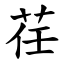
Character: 荏